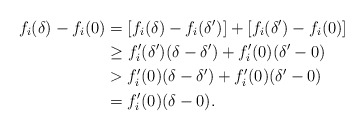
\begin{align*}f_i(\delta)-f_i(0)&=[f_i(\delta)-f_i(\delta')]+[f_i(\delta')-f_i(0)]\\&\ge f_i'(\delta')(\delta-\delta')+f_i'(0)(\delta'-0)\\&>f_i'(0)(\delta-\delta')+f_i'(0)(\delta'-0)\\&=f_i'(0)(\delta-0).\end{align*}